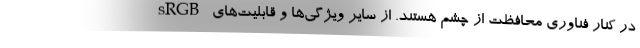
sRGB در کنار فناوری محافظت از چشم هستند. از سایر ویژگی‌ها و قابلیت‌های